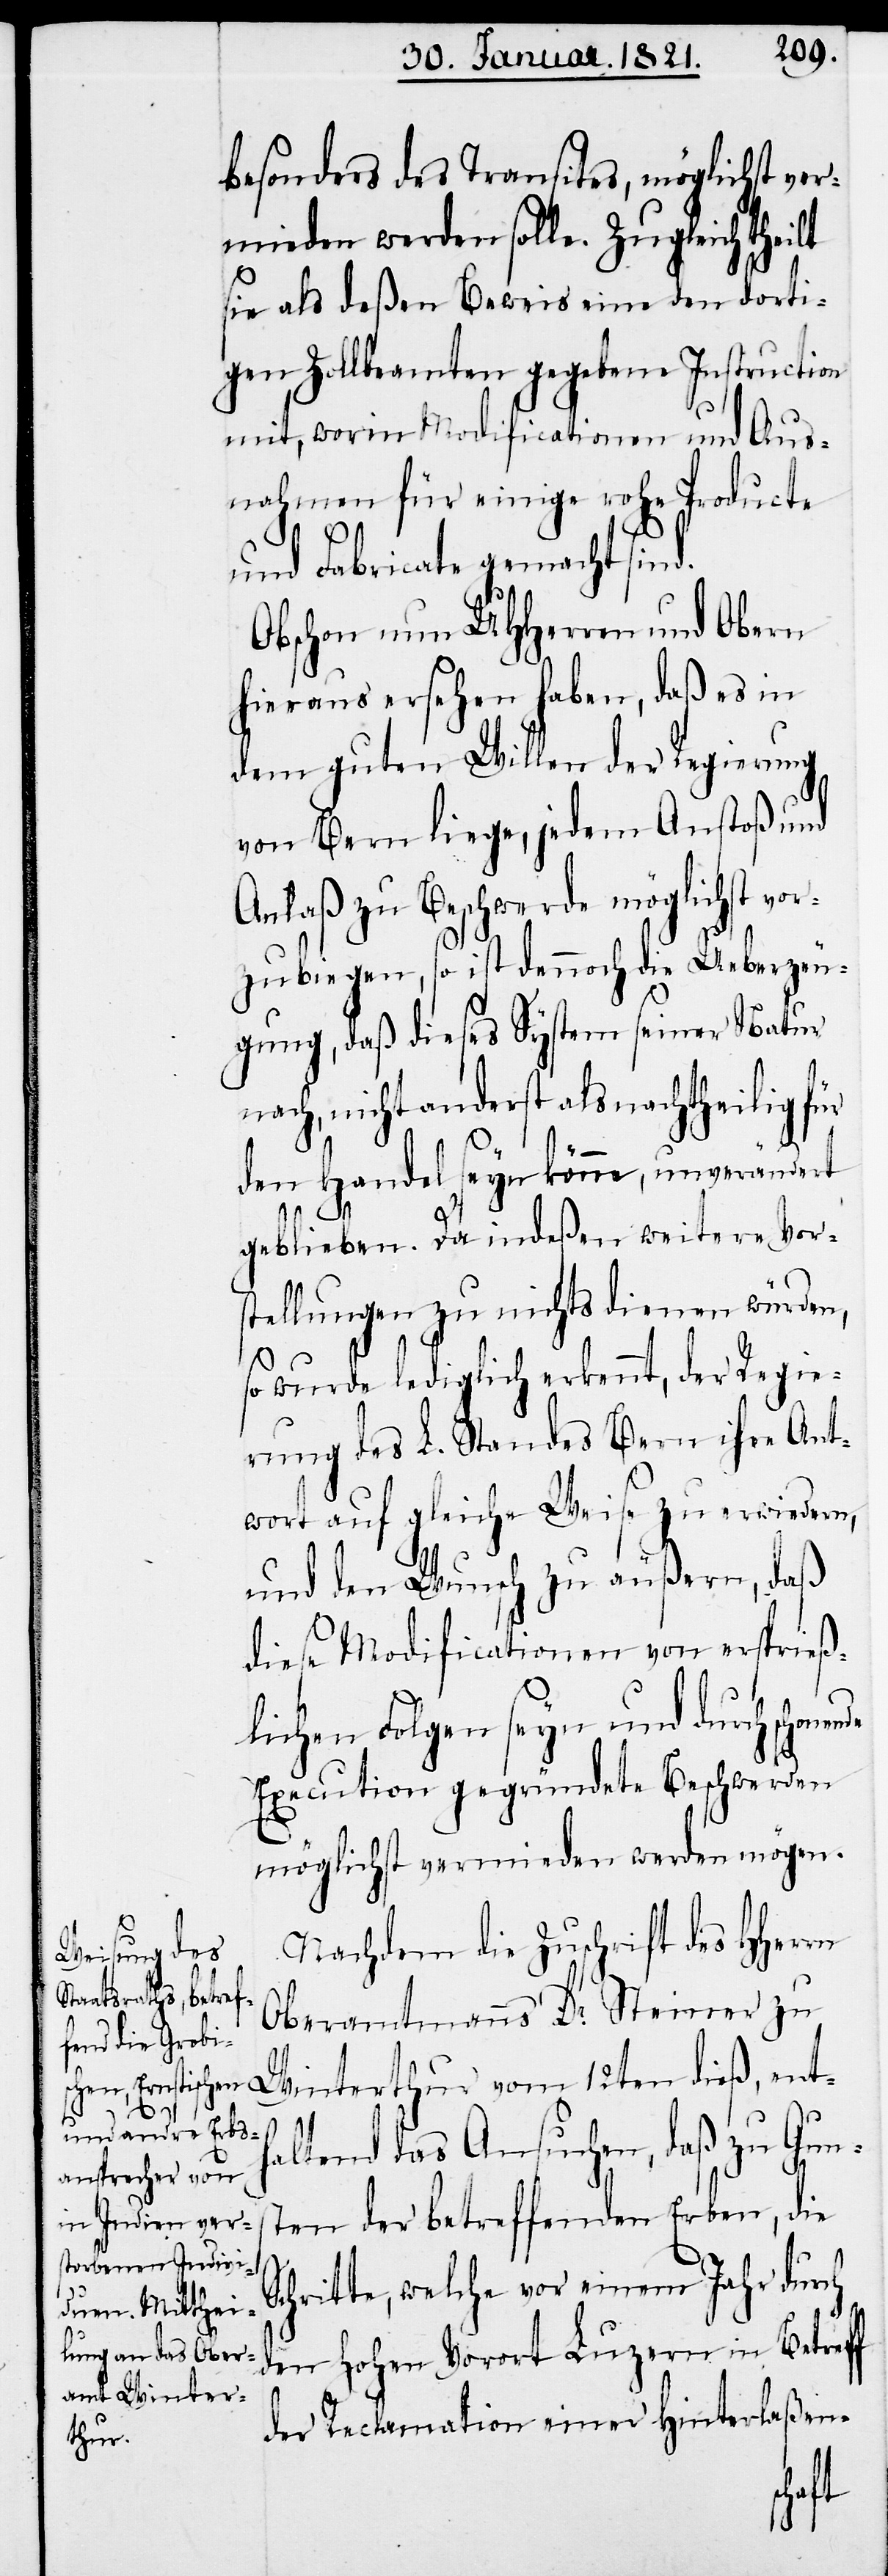
besonders des Transites, möglichst ver¬
mieden werden solle. Zugleich theilt
sie als deßen Beweis eine den dorti¬
gen Zollbeamten gegebene Instruction
mit, worin Modificationen und Aus¬
nahmen für einige rohe Producte
und Fabricate gemacht sind.
Obschon nun UHHerren und Obern
hieraus ersehen haben, daß es in
dem guten Willen der Regierung
von Bern liege, jeden Anstoß und
Anlaß zu Beschwerde möglichst vo¬
rzubiegen, so ist dennoch die Ueberzeu¬
gung, daß dieses System seiner Natur
nach, nicht anderst als nachtheilig für
den Handel seyn könne, unverändert
geblieben. Da indeßen weitere Vor¬
stellungen zu nichts dienen würden,
so wurde lediglich erkennt, der Regie¬
rung des L. Standes Bern ihre Ant¬
wort auf gleiche Weise zu erwiedern,
und den Wunsch zu äußern, daß
diese Modificationen von ersprieß¬
lichen Folgen seyn und durch schon¬
Execution gegründete Beschwerden
möglichst vermieden werden mögen.
S¬
Nachdem die Zuschrift des HHerrn
Oberamtmanns Dr. Steiner zu
Winterthur vom 12ten dieß, enth¬
ende
altend das Ansuchen, daß zu Gun¬
sten der betreffenden Erben, die
chritte, welche vor einem Jahr durch
den hohen Vorort Luzern in Betreff
der Reclamation einer Hinterlaßen-